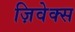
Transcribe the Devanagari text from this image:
ज़िवेक्स